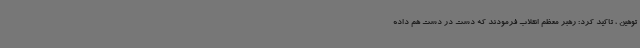
توهین ، تاکید کرد: رهبر معظم انقلاب فرمودند که دست در دست هم داده